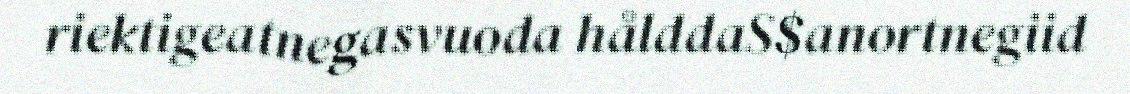
riektigeatnegasvuoda hålddaS$anortnegiid